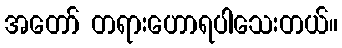
အတော် တရားဟောရပါသေးတယ်။